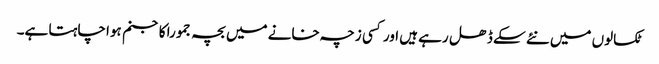
ٹکسالوں میں نئے سکے ڈھل رہے ہیں اور کسی زچہ خانے میں بچہ جمورا کاجنم ہوا چاہتا ہے۔